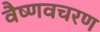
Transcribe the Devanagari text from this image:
वैष्णवचरण